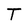
Character: T